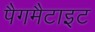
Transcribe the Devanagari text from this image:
पैगमैटाइट